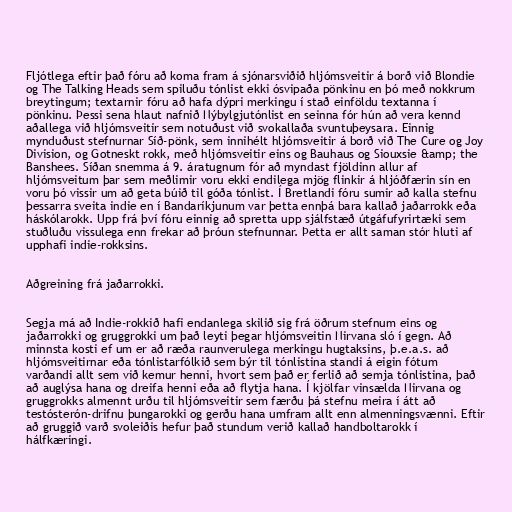
Fljótlega eftir það fóru að koma fram á sjónarsviðið hljómsveitir á borð við Blondie
og The Talking Heads sem spiluðu tónlist ekki ósvipaða pönkinu en þó með nokkrum
breytingum; textarnir fóru að hafa dýpri merkingu í stað einföldu textanna í
pönkinu. Þessi sena hlaut nafnið Nýbylgjutónlist en seinna fór hún að vera kennd
aðallega við hljómsveitir sem notuðust við svokallaða svuntuþeysara. Einnig
mynduðust stefnurnar Síð-pönk, sem innihélt hljómsveitir á borð við The Cure og Joy
Division, og Gotneskt rokk, með hljómsveitir eins og Bauhaus og Siouxsie &amp; the
Banshees. Síðan snemma á 9. áratugnum fór að myndast fjöldinn allur af
hljómsveitum þar sem meðlimir voru ekki endilega mjög flinkir á hljóðfærin sín en
voru þó vissir um að geta búið til góða tónlist. Í Bretlandi fóru sumir að kalla stefnu
þessarra sveita indie en í Bandaríkjunum var þetta ennþá bara kallað jaðarrokk eða
háskólarokk. Upp frá því fóru einnig að spretta upp sjálfstæð útgáfufyrirtæki sem
stuðluðu vissulega enn frekar að þróun stefnunnar. Þetta er allt saman stór hluti af
upphafi indie-rokksins.

Aðgreining frá jaðarrokki.

Segja má að Indie-rokkið hafi endanlega skilið sig frá öðrum stefnum eins og
jaðarrokki og gruggrokki um það leyti þegar hljómsveitin Nirvana sló í gegn. Að
minnsta kosti ef um er að ræða raunverulega merkingu hugtaksins, þ.e.a.s. að
hljómsveitirnar eða tónlistarfólkið sem býr til tónlistina standi á eigin fótum
varðandi allt sem við kemur henni, hvort sem það er ferlið að semja tónlistina, það
að auglýsa hana og dreifa henni eða að flytja hana. Í kjölfar vinsælda Nirvana og
gruggrokks almennt urðu til hljómsveitir sem færðu þá stefnu meira í átt að
testósterón-drifnu þungarokki og gerðu hana umfram allt enn almenningsvænni. Eftir
að gruggið varð svoleiðis hefur það stundum verið kallað handboltarokk í
hálfkæringi.